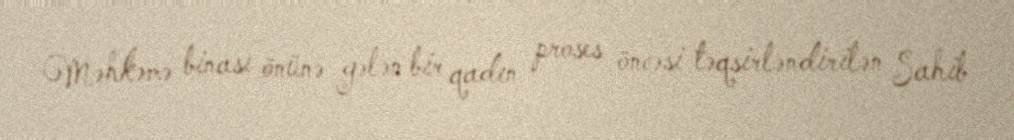
Məhkəmə binası önünə gələn bir qadın proses öncəsi təqsirləndirilən Sahib